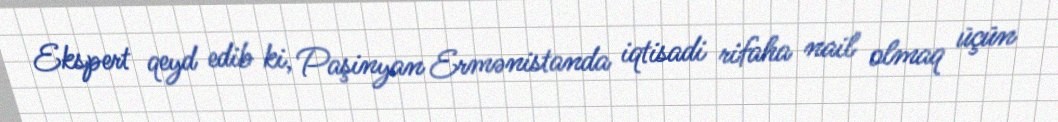
Ekspert qeyd edib ki, Paşinyan Ermənistanda iqtisadi rifaha nail olmaq üçün